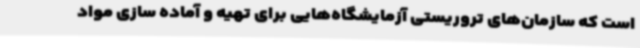
است که سازمان‌های تروریستی آزمایشگاه‌هایی برای تهیه و آماده سازی مواد